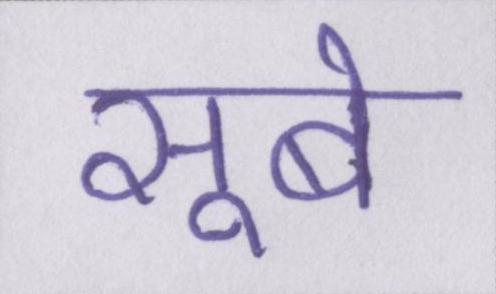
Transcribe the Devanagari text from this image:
सूबे